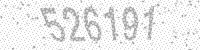
Solution: 526191